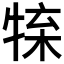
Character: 𤚊